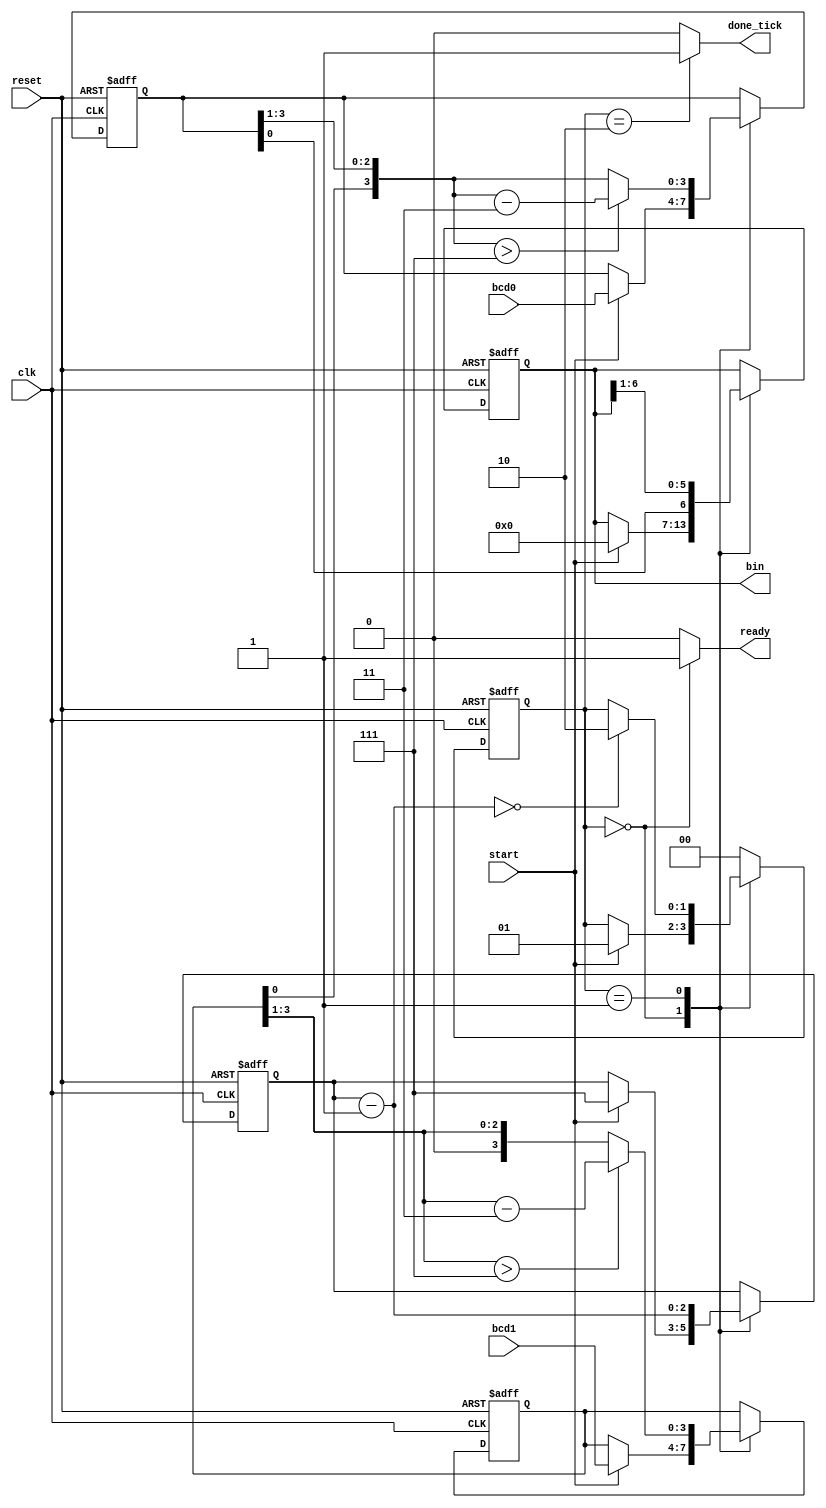
`timescale 1ns / 1ps
//////////////////////////////////////////////////////////////////////////////////
// Company: 
// Engineer: 
// 
// Design Name: 
// Module Name: BCD_to_binary
// Project Name: 
// Target Devices: 
// Tool Versions: 
// Description: 
// 
// Dependencies: 
// 
// Revision:
// Revision 0.01 - File Created
// Additional Comments:
// 
//////////////////////////////////////////////////////////////////////////////////


module BCD_to_binary(
    input clk, reset,
    input start,
    input [3:0] bcd1, bcd0, 
    output reg ready, done_tick,
    output [6:0] bin
    );
    
    //state declarations
    localparam [1:0] idle = 2'b00,
                     op = 2'b01,
                     done = 2'b10;
    
    //signal declaration
    reg [1:0] state_reg, state_next;
    reg [6:0] bin_reg, bin_next;
    reg [2:0] n_reg, n_next;
    reg [3:0] bcd1_reg, bcd0_reg;
    reg [3:0] bcd1_next, bcd0_next;
    wire [3:0] bcd1_temp, bcd0_temp;
    
    //FSMD state and data registers
    always @(posedge clk, posedge reset)
        if(reset)
            begin
                state_reg <= idle;
                bin_reg <= 0;
                n_reg <= 0;
                bcd1_reg <= 0;
                bcd0_reg <= 0;
            end
        else
            begin
                state_reg <= state_next;
                bin_reg <= bin_next;
                n_reg <= n_next;
                bcd1_reg <= bcd1_next;
                bcd0_reg <= bcd0_next;
            end
    
    //FSMD next state logic
    always @*
    begin
        //default values
        state_next = state_reg;
        ready = 1'b0;
        done_tick = 1'b0;
        bin_next = bin_reg;
        bcd1_next = bcd1_reg;
        bcd0_next = bcd0_reg;
        n_next = n_reg;
        
        case(state_reg)
            idle: 
                begin
                    ready = 1'b1;
                    if(start)
                        begin
                            state_next = op;
                            bcd0_next = bcd0; 
                            bcd1_next = bcd1; 
                            n_next = 3'b111;  //index to decrement in op state
                            bin_next = 0;     //binary reg to shift into
                        end
                end
            op: 
                begin
                
                bcd0_next = (bcd0_temp > 7) ? bcd0_temp - 3 : bcd0_temp;
                bcd1_next = (bcd1_temp > 7) ? bcd1_temp - 3 : bcd1_temp;
                
                bin_next = {bcd0_reg[0], bin_reg[6:1]};
                
                n_next = n_next - 1;
                if(n_next == 0)
                    state_next = done;
                end
            done: 
                begin
                    done_tick = 1'b1;
                    state_next = idle;
                end
            default: state_next = idle;
        endcase
    end
    
    
    //data path function units
    assign bcd0_temp = {bcd1_reg[0], bcd0_reg[3:1]};
    assign bcd1_temp = {1'b0, bcd1_reg[3:1]};
    
    //output
    assign bin = bin_reg;
    
endmodule